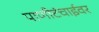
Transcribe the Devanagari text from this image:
पाणीटंचाईवर